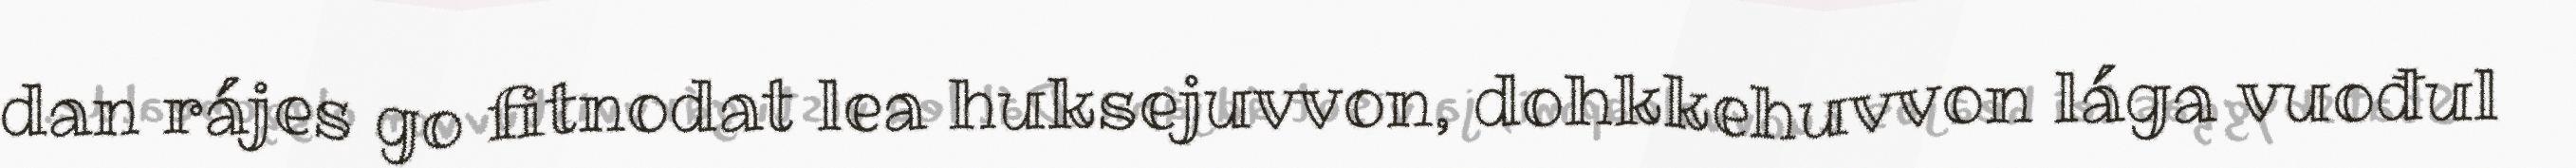
dan rájes go fitnodat lea huksejuvvon, dohkkehuvvon lága vuođul